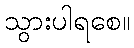
သွားပါရစေ။